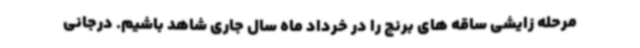
مرحله زایشی ساقه های برنج را در خرداد ماه سال جاری شاهد باشیم. درجانی